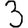
Digit: 3